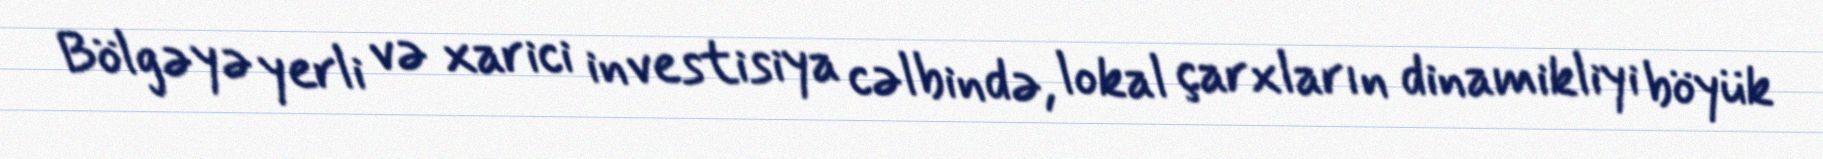
Bölgəyə yerli və xarici investisiya cəlbində, lokal çarxların dinamikliyi böyük